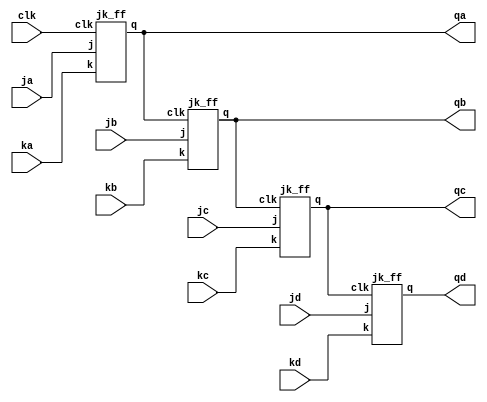
module async_4bit_up_counter(input clk,ja,ka,jb,kb,jc,kc,jd,kd,output qa,qb,qc,qd);
jk_ff jkf1(clk,ja,ka,qa);
jk_ff jkf2(qa,jb,kb,qb);
jk_ff jkf3(qb,jc,kc,qc);
jk_ff jkf4(qc,jd,kd,qd);
endmodule 

module jk_ff(input clk,j,k,output reg q);
  always @(negedge clk) begin
      case({j,k})
		2'b00:q <= q;
		2'b01:q <= 1'b0;
		2'b10:q <= 1'b1;
		2'b11:q <= ~q;
	  endcase
  end
initial begin
q = 1'b1;
end 
endmodule